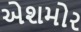
એશમોર